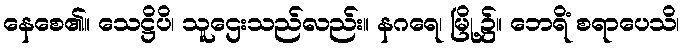
နေစေ၏။ သေဋ္ဌိပိ၊ သူဌေးသည်လည်း။ နဂရေ၊ မြို့၌။ ဘေရိံ စရာပေသိ၊